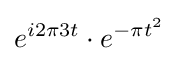
e^{i2\pi 3t}\cdot e^{-\pi t^{2}}